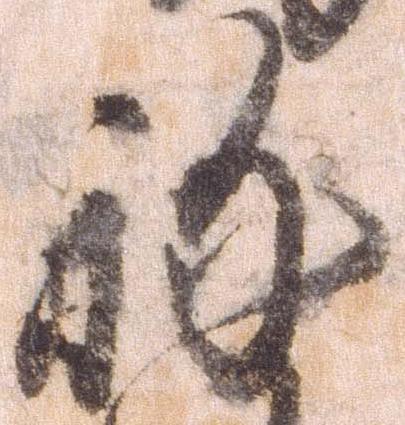
祢